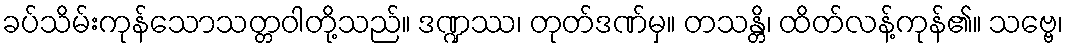
ခပ်သိမ်းကုန်သောသတ္တဝါတို့သည်။ ဒဏ္ဍဿ၊ တုတ်ဒဏ်မှ။ တသန္တိ၊ ထိတ်လန့်ကုန်၏။ သဗ္ဗေ၊